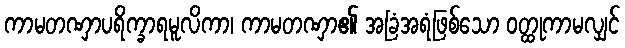
ကာမတဏှာပရိက္ခာရမူလိကာ၊ ကာမတဏှာ၏ အခြံအရံဖြစ်သော ဝတ္ထုကာမလျှင်